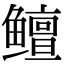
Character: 鳣